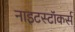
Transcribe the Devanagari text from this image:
नाइटस्टॉकर्स